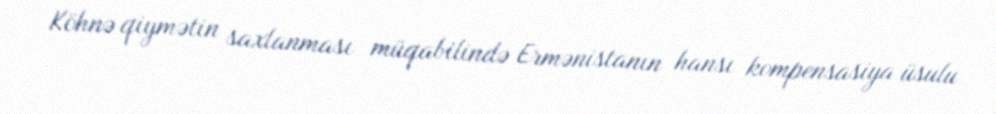
Köhnə qiymətin saxlanması müqabilində Ermənistanın hansı kompensasiya üsulu